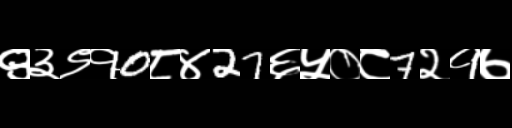
Text: ९३९१0८४27६५०८7२१७